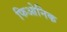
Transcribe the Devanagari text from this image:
फिओनिक